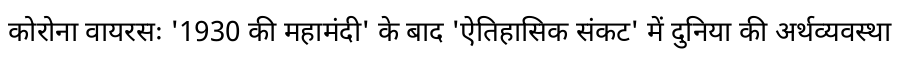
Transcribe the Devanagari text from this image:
कोरोना वायरसः '1930 की महामंदी' के बाद 'ऐतिहासिक संकट' में दुनिया की अर्थव्यवस्था